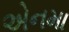
એનમા